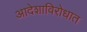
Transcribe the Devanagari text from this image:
आदेशाविरोधात